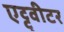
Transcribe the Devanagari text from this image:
एट्टुवीटर